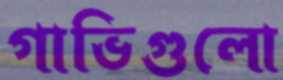
গাভিগুলো